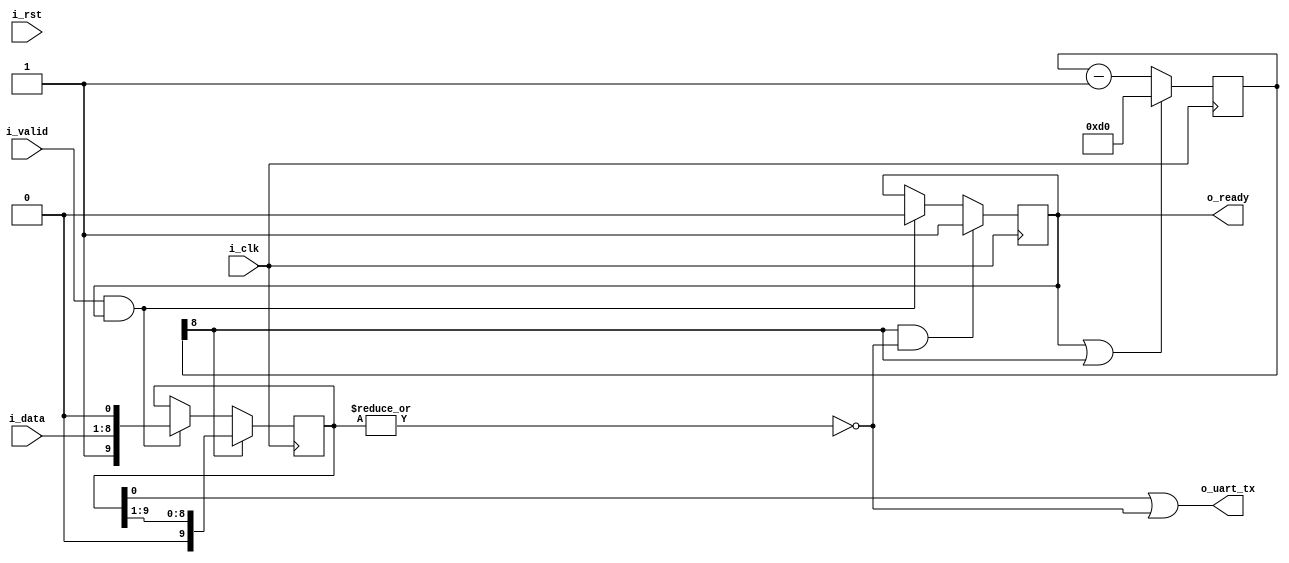
// simp: https://twitter.com/OlofKindgren/status/1409634477135982598
// https://gist.github.com/olofk/e91fba2572396f55525f8814f05fb33d

module emitter_uart
  #(
    parameter clk_freq_hz = 12 * 1000000,
    parameter baud_rate = 57600)
  (
   input wire 	    i_clk,
   input wire 	    i_rst,
   input wire [7:0] i_data,
   input wire 	    i_valid,
   output reg 	    o_ready,
   output wire 	    o_uart_tx);

   localparam START_VALUE = clk_freq_hz/baud_rate;
   localparam WIDTH = $clog2(START_VALUE);
   
   reg [WIDTH:0]  cnt;
   reg [9:0] 	    data;

   initial begin
      o_ready <= 1'b1;
      cnt <= {1'b0,START_VALUE[WIDTH-1:0]};
      data <= {1'b0, 9'b0, 1'b0};
   end

   assign o_uart_tx = data[0] | !(|data);

   always @(posedge i_clk) begin
      if (cnt[WIDTH] & !(|data))
	      o_ready <= 1'b1;
      else if (i_valid & o_ready)
	      o_ready <= 1'b0;

      if (o_ready | cnt[WIDTH])
	      cnt <= {1'b0,START_VALUE[WIDTH-1:0]};
      else
	cnt <= cnt-1;
      
      if (cnt[WIDTH])
	data <= {1'b0, data[9:1]};
      else if (i_valid & o_ready)
	data <= {1'b1, i_data, 1'b0};
   end
      
endmodule